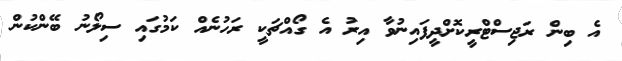
އެ ބިން ރަޖިސްޓްރީކޮށްދީފައިނުވާ އިރު އެ ގޯއްޗަކީ ރަހުނެއް ކަމުގައި ސިލޯނު ބޭންކުން